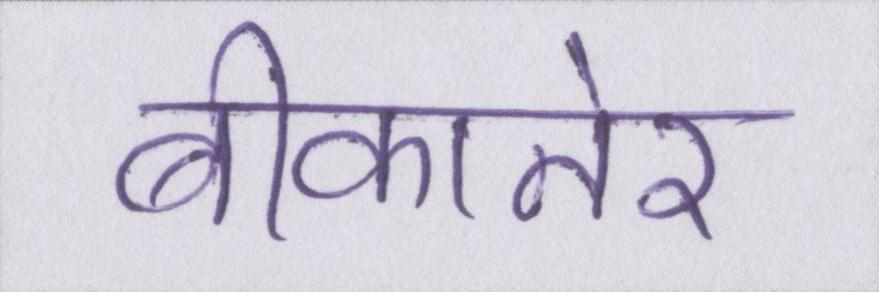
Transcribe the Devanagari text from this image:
बीकानेर